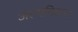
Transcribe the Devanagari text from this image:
अल्पनिदान